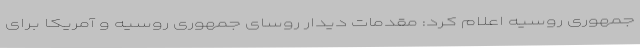
جمهوری روسیه اعلام کرد: مقدمات دیدار روسای جمهوری روسیه و آمریکا برای